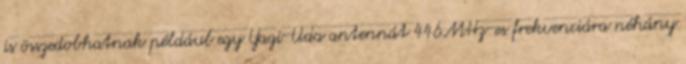
is összedobhatnak például egy Yagi-Uda antennát 446MHz-es frekvenciára néhány